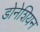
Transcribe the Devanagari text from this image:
डोनेशियन